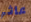
عاثر